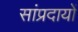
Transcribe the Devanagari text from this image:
सांप्रदायों